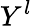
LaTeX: Y^{l}